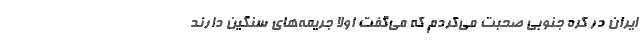
ایران در کره جنوبی صحبت می‌کردم که می‌گفت اولا جریمه‌های سنگین دارند